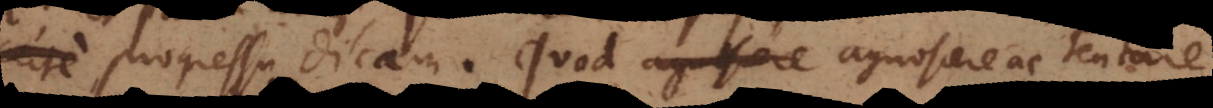
progressu dicam. Quod agnoscere agnoscere ac tentare